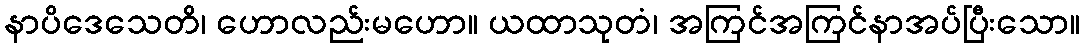
နာပိဒေသေတိ၊ ဟောလည်းမဟော။ ယထာသုတံ၊ အကြင်အကြင်နာအပ်ပြီးသော။